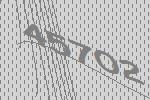
45702